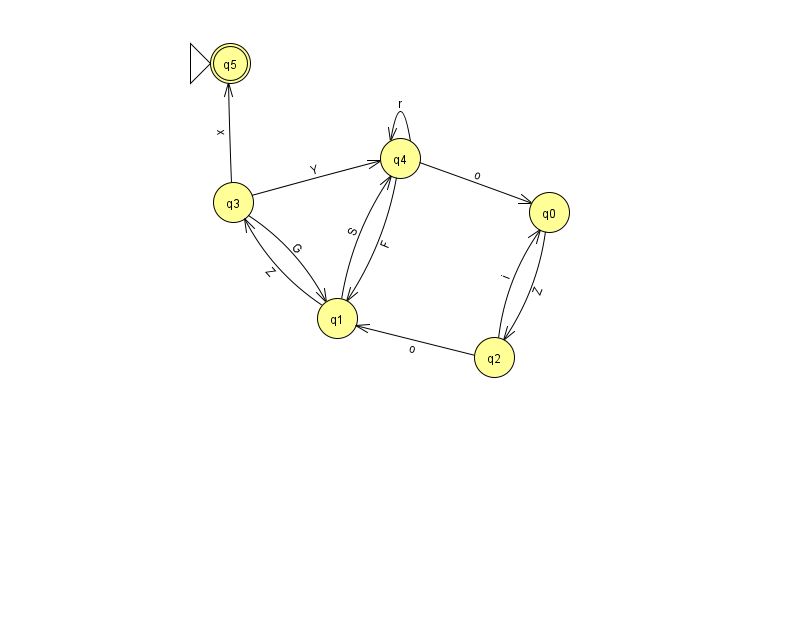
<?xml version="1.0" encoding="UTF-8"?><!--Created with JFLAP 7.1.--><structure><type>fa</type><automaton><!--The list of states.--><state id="0" name="q0"><x>549.0</x><y>199.0</y></state><state id="1" name="q1"><x>337.0</x><y>305.0</y></state><state id="2" name="q2"><x>494.0</x><y>344.0</y></state><state id="3" name="q3"><x>233.0</x><y>189.0</y></state><state id="4" name="q4"><x>400.0</x><y>145.0</y></state><state id="5" name="q5"><x>230.0</x><y>50.0</y><initial/><final/></state><!--The list of transitions.--><transition><from>2</from><to>1</to><read>o</read></transition><transition><from>4</from><to>1</to><read>F</read></transition><transition><from>2</from><to>0</to><read>i</read></transition><transition><from>3</from><to>5</to><read>x</read></transition><transition><from>0</from><to>2</to><read>Z</read></transition><transition><from>4</from><to>4</to><read>r</read></transition><transition><from>3</from><to>1</to><read>G</read></transition><transition><from>1</from><to>4</to><read>S</read></transition><transition><from>3</from><to>4</to><read>Y</read></transition><transition><from>1</from><to>3</to><read>Z</read></transition><transition><from>4</from><to>0</to><read>o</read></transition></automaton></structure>